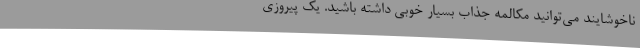
ناخوشایند می‌توانید مکالمه جذاب بسیار خوبی داشته باشید. یک پیروزی